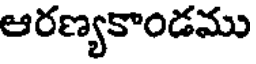
ఆరణ్యకాండము